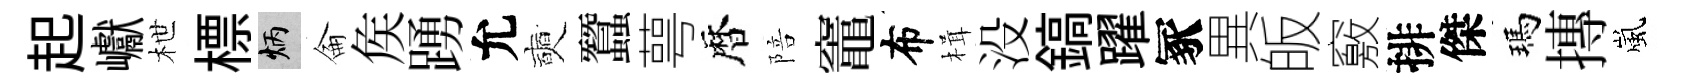
起巘枻標炳侖矦踴允奭蠶萼暦陪竈布楫没鎬躍冢異皈竅排傑瑪摶嵐